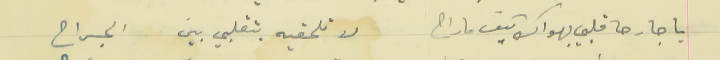
يا جارحا قلبي بهواك كيف ماراح                                       لا تلحقيه بتقلبي بين الجراح